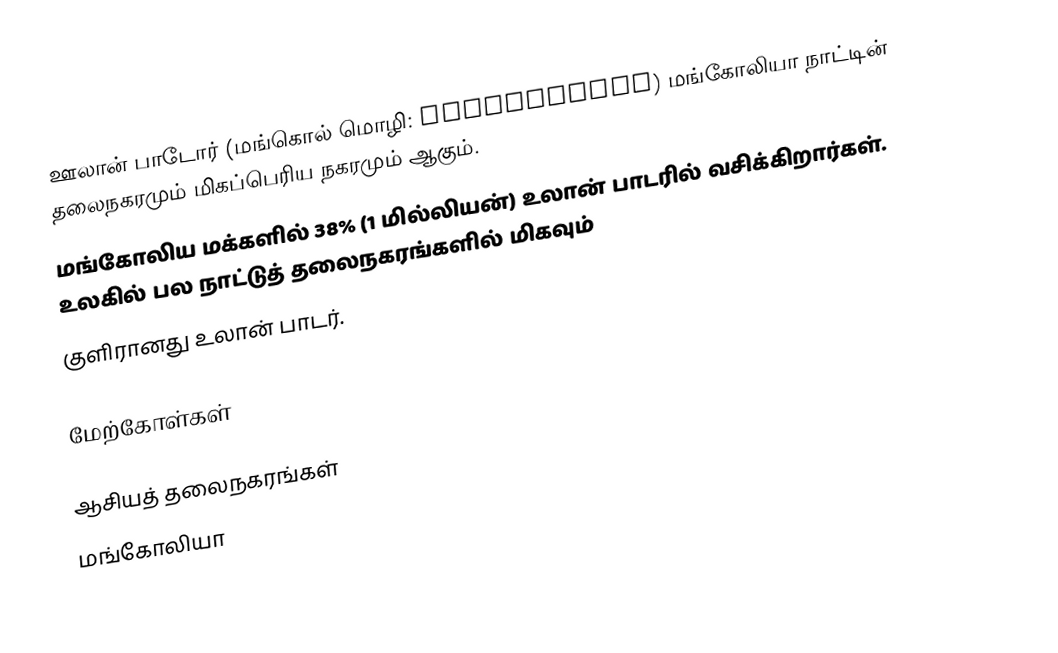
ஊலான் பாடோர்  (மங்கொல் மொழி: Улаанбаатар) மங்கோலியா நாட்டின் தலைநகரமும் மிகப்பெரிய நகரமும் ஆகும்.
மங்கோலிய மக்களில் 38% (1 மில்லியன்) உலான் பாடரில் வசிக்கிறார்கள். உலகில் பல நாட்டுத் தலைநகரங்களில் மிகவும்
குளிரானது உலான் பாடர்.

மேற்கோள்கள்

ஆசியத் தலைநகரங்கள்
மங்கோலியா